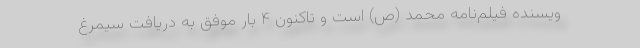
ویسنده فیلم‌نامه محمد (ص) است و تاکنون ۴ بار موفق به دریافت سیمرغ